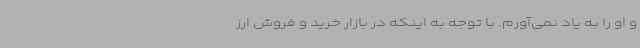
و او را به یاد نمی‌آورم. با توجه به اینکه در بازار خرید و فروش ارز